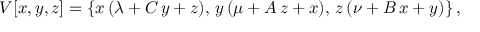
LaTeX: V [ x , y , z ] = \{ x \, ( \lambda + C \, y + z ) , \, y \, ( \mu + A \, z + x ) , \, z \, ( \nu + B \, x + y ) \} \, ,